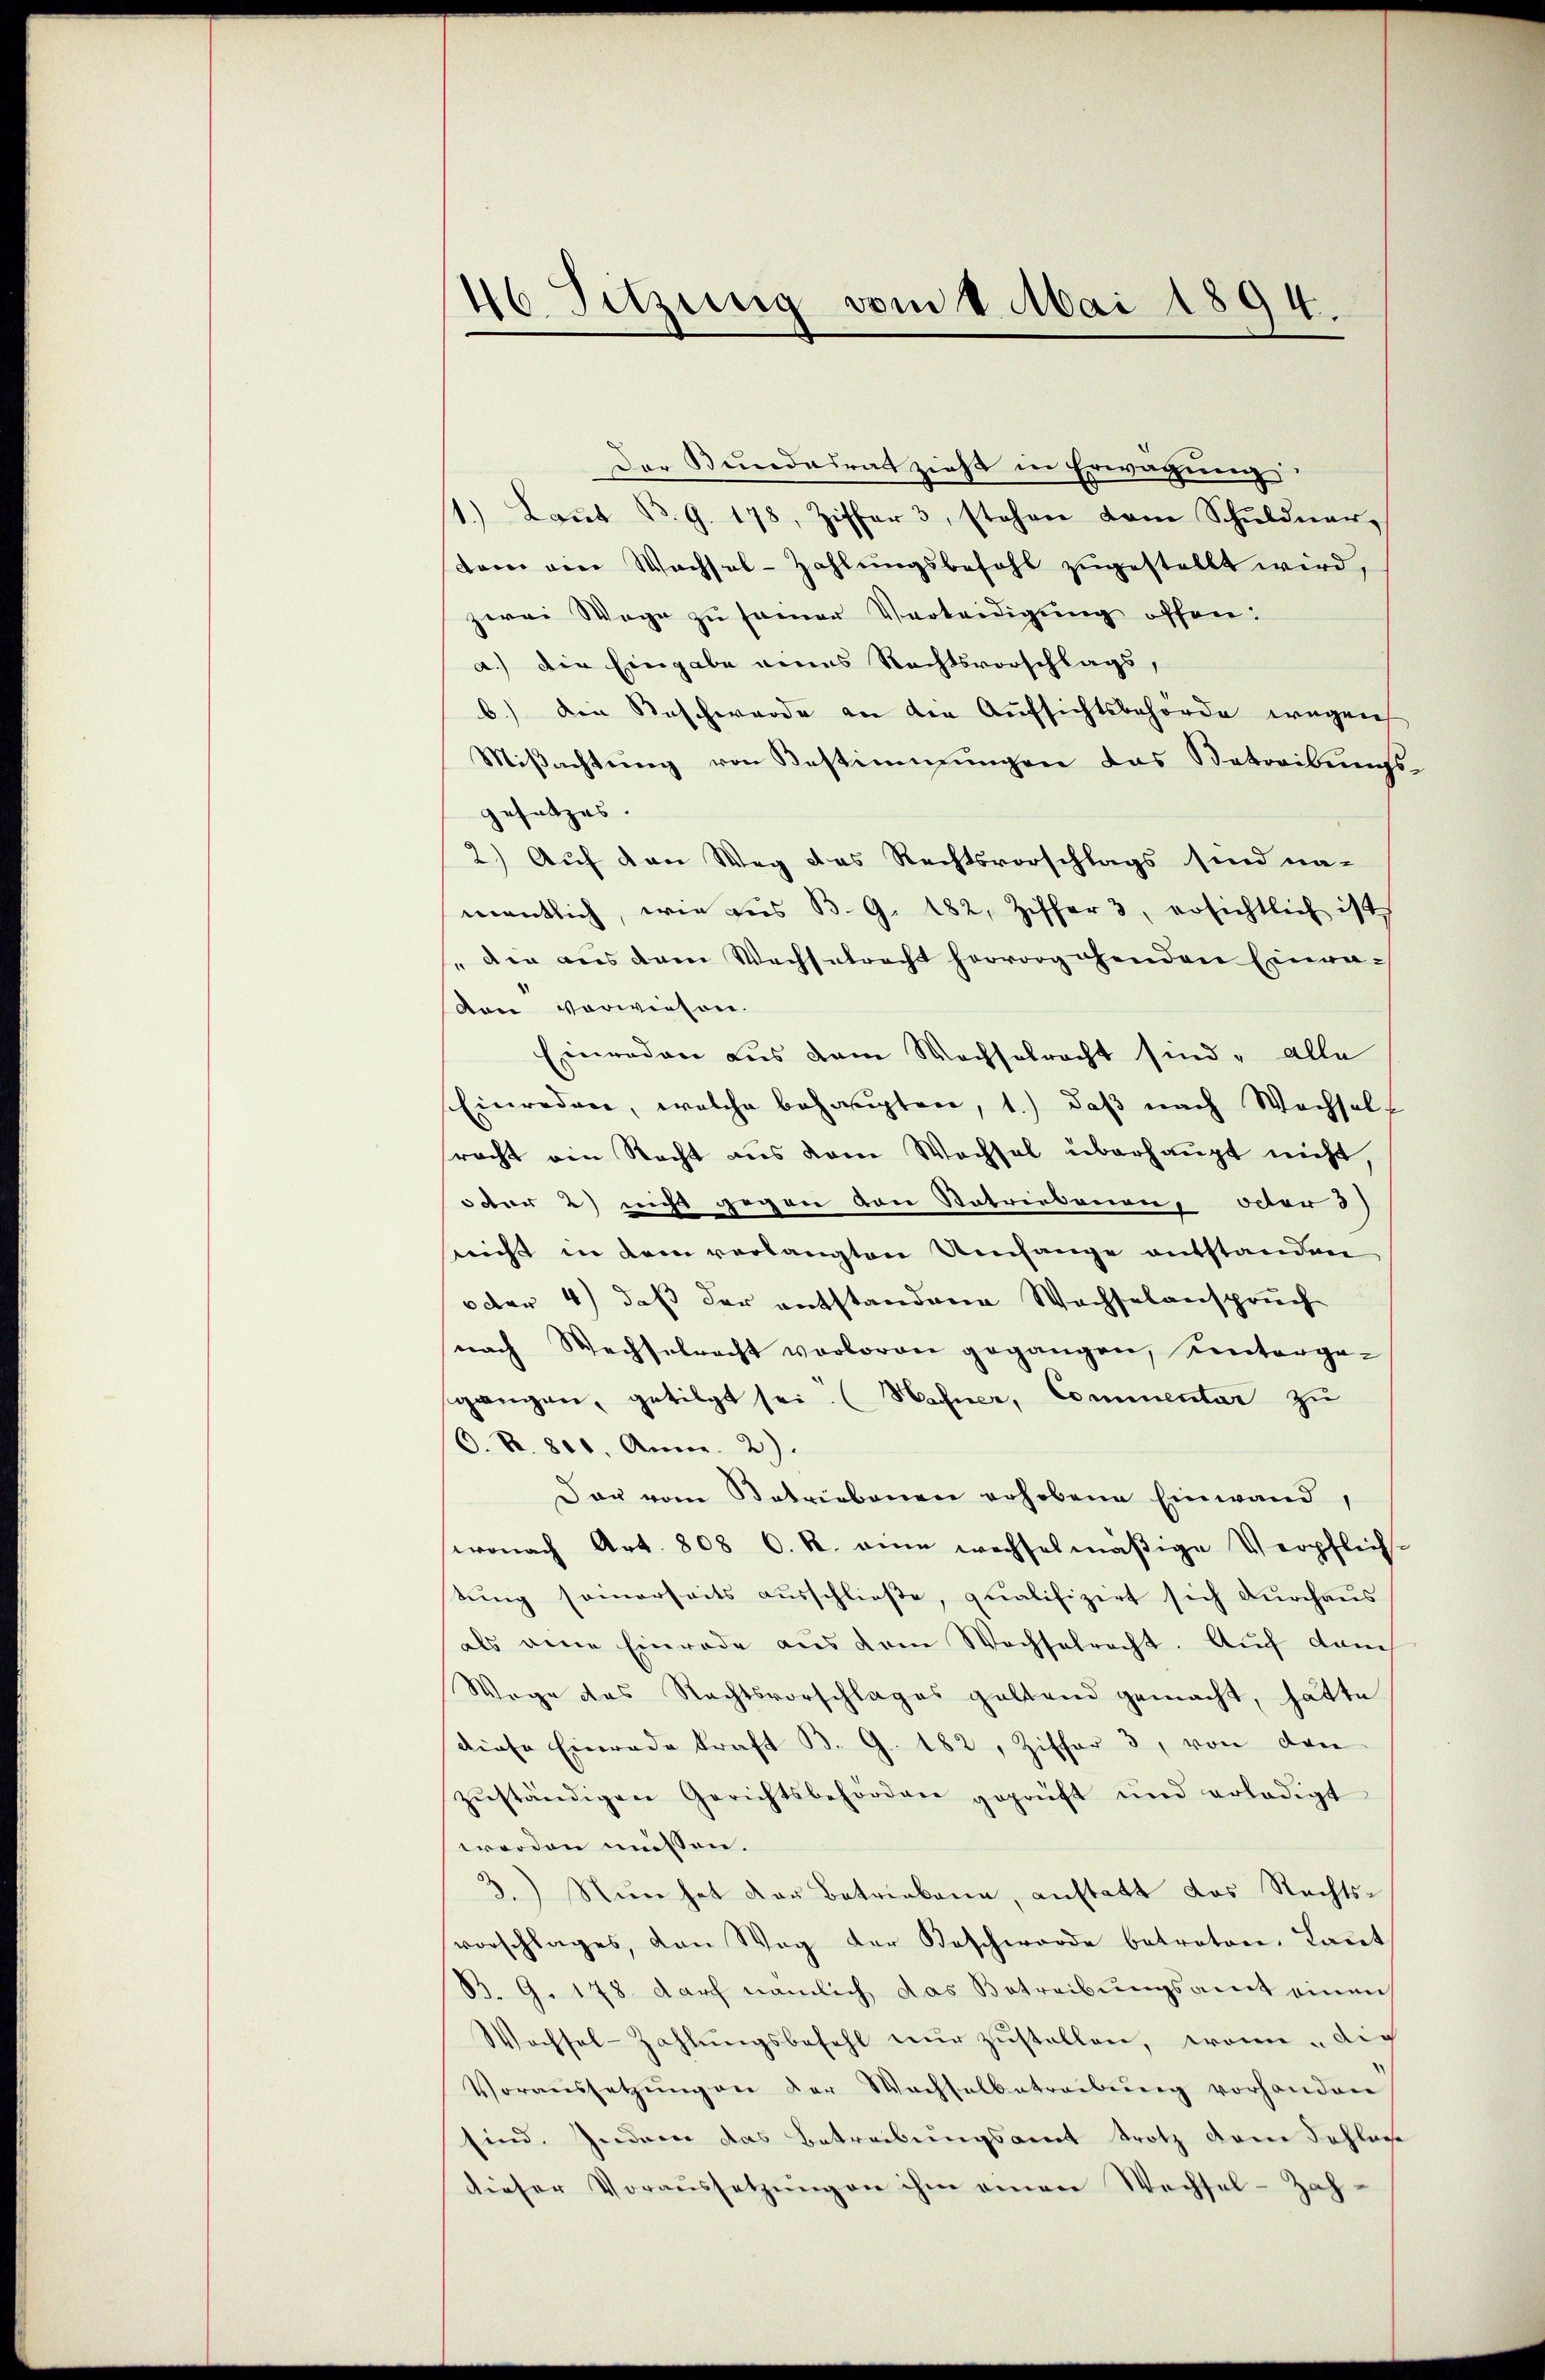
46 Setzung vom 1. Mai 1894.

Der Bundesrat zieht in Erwägung,
1.) Laut B. G. 178, Ziffer 3, stehen kam Schuldner,
tam von Wachsel-Zahlŭngsbefehl zugestellt wird,
zwei Wege zu sammer Verteidigung offen:
a.) Die Eingabe eines Rechtsvorschlags,
b.) Die Reschwerde an die Aufsichtsbehörde wegen
Miβachtŭng von Bestimmungen das Betreibungsgesetzes.
2.) Auf den Weg das Rechtsvorschlags sind na-
mentlich, wie aus B. G. 182, Ziffer 3, ersichtlich ist
die aus dem Wachselrecht hervorgehenden Einradon vorwiesen.
Einreden aus dem Wachselrecht sind, alle
Einreden, welche behaupten, 1.) daß nach Wechself
racht ein Recht aus dem Wechsel überhaupt nicht,
otter 2) nicht gegen von Retriebenen, oder 3)
nicht in dem verlangten Umfange entstanden
oder 4) daß der entstandene Wachselanspruch
nach Wechselrecht verloren gegangen, untergegangen, getilgt sei. (Hafner, Commentar zu
(O. S. 800. Anna. 2).
Dar vom Betriebenen erhobene Einwand,
wonach Art. 808 C. R. eine wechsesmäßige Verpflich-
tung seinerseits ausschließe, qualifizirt sich durchaus
als eine Einrade aus dem Wechselrecht. Auch danch
Wege des Rechtsvorschlages geltend gemacht, hätte
diese Einrade kraft B. G. 182, Ziffer 3, von den
zŭständigen Gerichtsbehörden geprüft und erledigt
worden müssen.
3.) Nun hat der Betriekann, anstatt das Rechts-
vorschlages, den Weg der Beschworde betreten. Laŭt
B. G. 178. darf nämlich das Betreibungsamt einen
Wochsel-Zahlŭngsbefehl nŭr zŭstellen, wenn die
Voraussetzŭngen der Wachselbetreibŭng vorhanden
sind. Indem das Betreibungsamt trotz dem Schlasse
dieser Voraŭssetzŭngen ihm einen Wechsel-Zah-